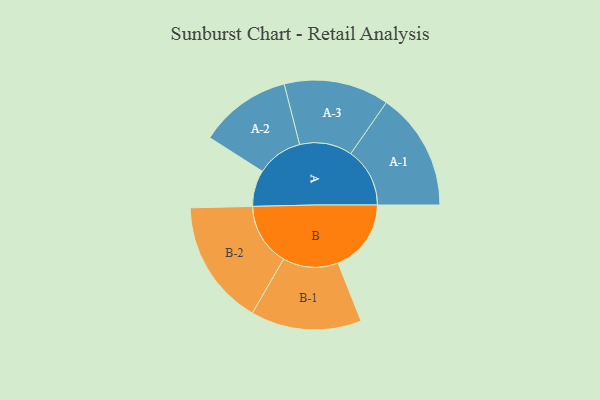
{"axis": {"x": "Segment", "y": "Value"}, "legend": ["", "A", "B"], "data": [{"x": "A", "y": 129, "type": ""}, {"x": "B", "y": 260, "type": ""}, {"x": "A-1", "y": 210, "type": "A"}, {"x": "A-2", "y": 164, "type": "A"}, {"x": "A-3", "y": 187, "type": "A"}, {"x": "B-1", "y": 197, "type": "B"}, {"x": "B-2", "y": 223, "type": "B"}]}